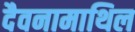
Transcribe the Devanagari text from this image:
दैवनामाथिल